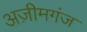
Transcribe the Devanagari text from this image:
अज़ीमगंज